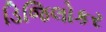
ડિજિલોકર